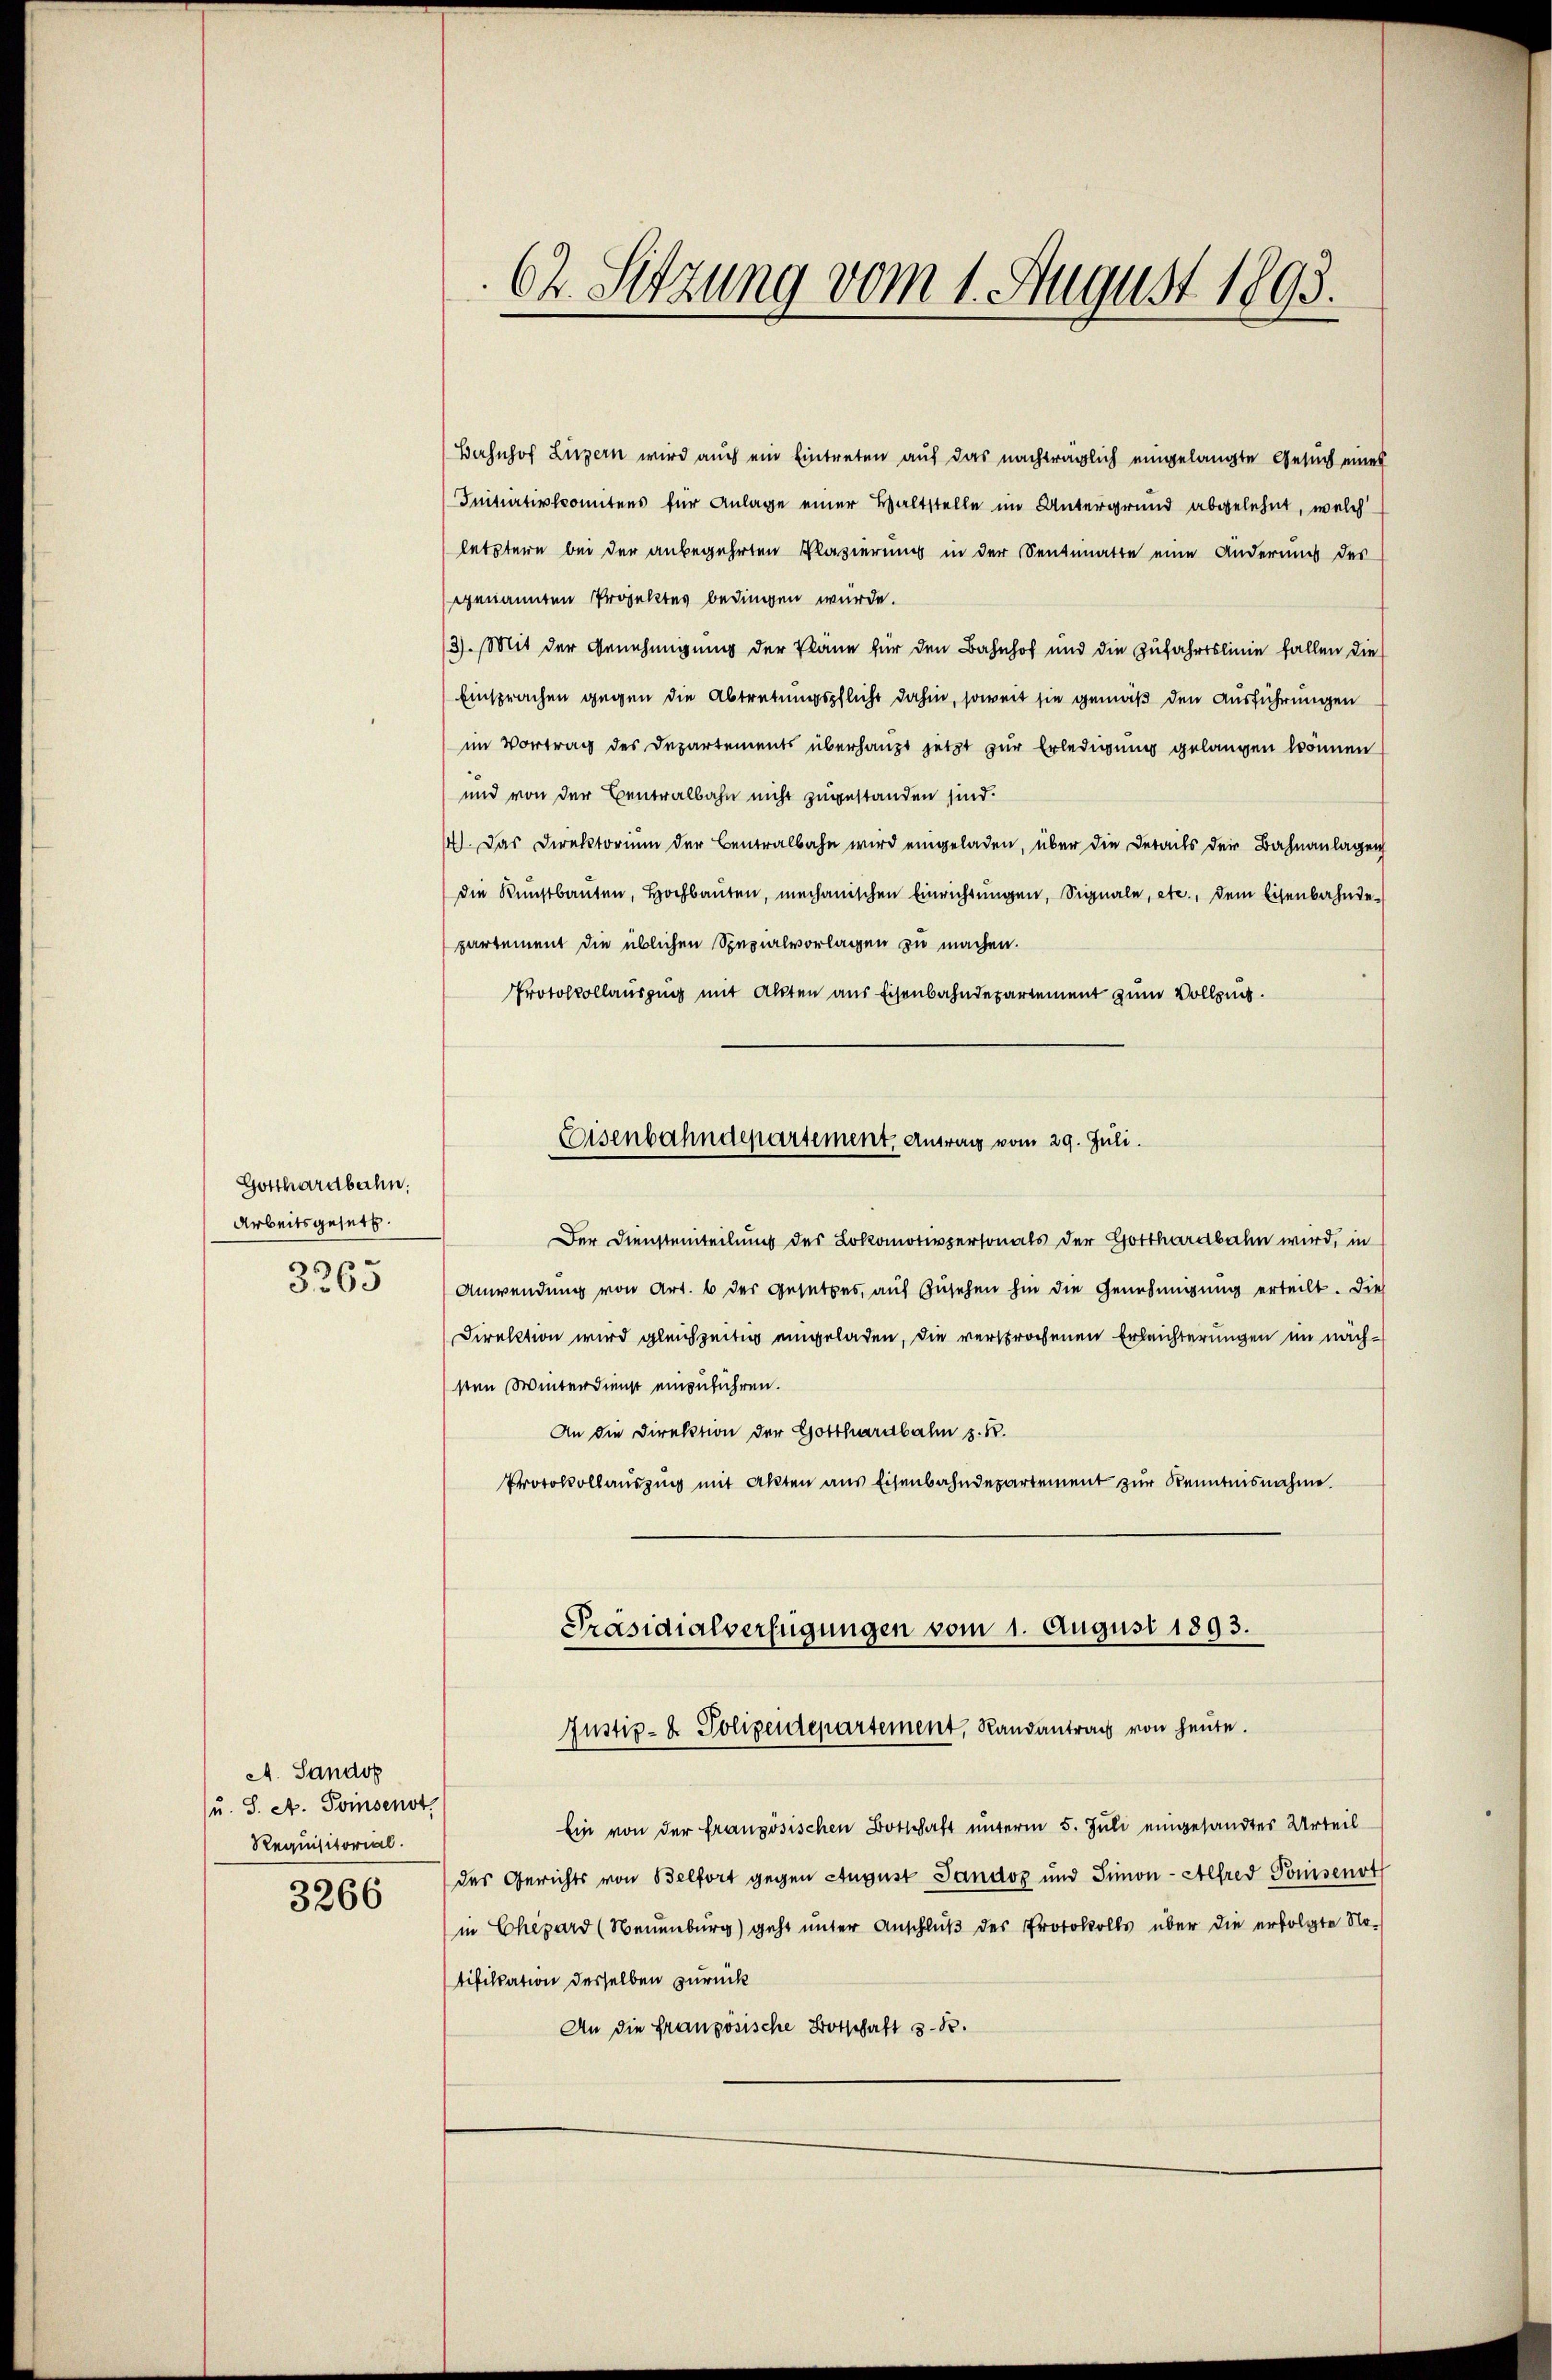
Gotthardbahn.
Arbeitsgesetz.
3263

A. Sandop
(u. S. A. Svinsenst
Requisitorial.

3266

Bershof Luzern wird auch ein Eintreten auf das nachträglich eingelangte Gesuch eines
Initiativkomitens für Anlage einer Waltstelle im Untergrund abgelehnt, welch
letztern bei der anbegehrten Plazierung in der Sentinatte eine Anderung des
genannten Projektes bedingen wurde.
3). Mit der Genehmigung der Pläne für den Bahnhof und die Zufahrtslinie fallen die
Einsprachen gegen die Abtretungspflicht dahin, soweit sie gemäß den Ausführungen
im Vortrag des Departements überhaupt jetzt zur Erledigung gelangen können
und von der Centralbahn nicht zugestanden sind.
14). Das Direktorium der Centralbahn wird eingeladen, über die Details der Bahnanlagen
die Kunstbauten, Hochbauten, mechanischen Einrichtungen, Signale, etc., dem Eisenbahnde
partement die üblichen Spezialvorlagen zu machen.
Protokollauszug mit Akten aus Eisenbahndepartement zum Vollzug.
Der Diensteinteilung des Lokomotivpersonals der Gotthardbahn wird, in
Anwendung von Art. 6 der Gesetzes, auf Zusehen hin die Genehmigung erteilt. Die
Direktion wird gleichzeitig eingeladen, die versprochenen Erleichterungen im nächsten Winterdienst einzuführen.
An die Direktion der Gotthardbahn z. B.
Protokollauszug mit Akten aus Eisenbahndepartement zur Kenntnisnahme.
Präsidialverfügungen vom 1. August 1893.
Justiz- & Polizeidepartement, Randantrag von heute.
Ein von der französischen Botschaft unterm 5. Juli eingesandtes Urteil
des Gerichts von Belfort gegen August Sandoz und Simon - Alfred Pomisenot
in Chevard (Neuenburg) geht unter Anschluß des Protokolls über die erfolgte Notifikation derselben zurück
An die französische Botschaft 3-10.

62. Setzung vom 1. August 1893.

Eisenbahndepartement, Antrag vom 29. Juli.